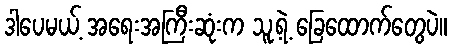
ဒါပေမယ့် အရေးအကြီးဆုံးက သူ့ရဲ့ ခြေထောက်တွေပဲ။